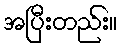
အပြီးတည်း။